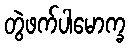
တွဲဖက်ပါမောက္ခ